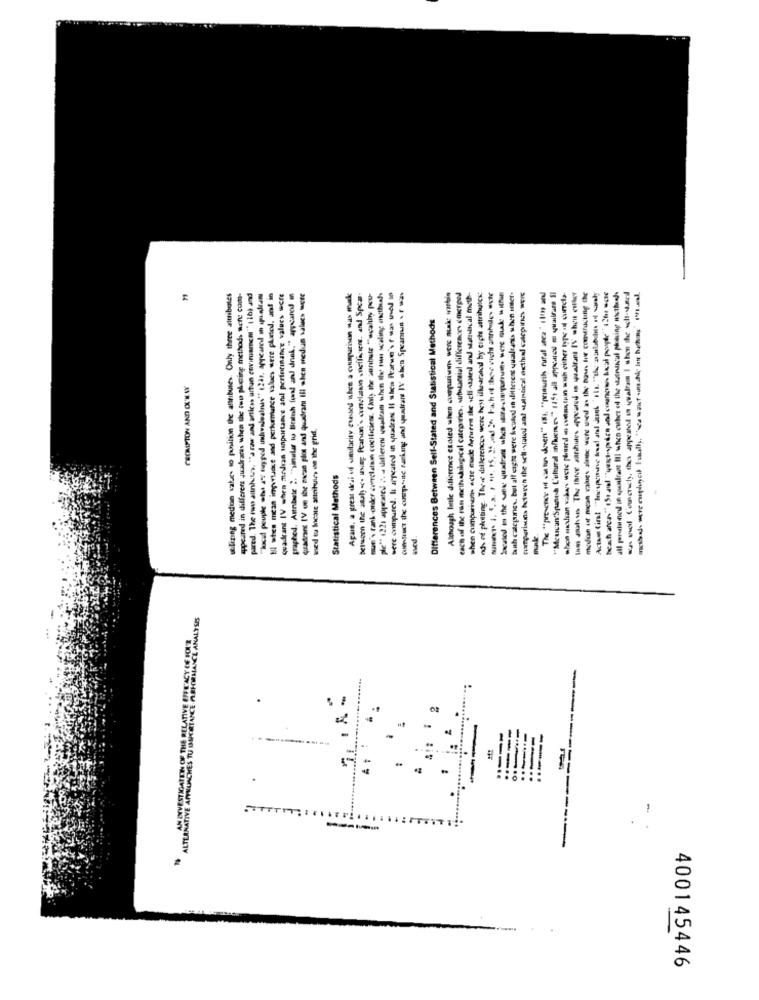
appeared in different juudranas when the mu pActing methods nete com-
pared. The im altnhus, "a raw and articss artun covirusmem""11b) and
between the stuh .c. usa; fanon's conelaun .nofficers. and Spear-
Although linie difference exoted when aquien were make workin
each of the ran methadologicel categories, substantial differences emerped
buth calcpines. bul alt cighe were located in dilteress qualrants when enter.
campariuna betwech the sell-viaud ant -lntical ecthul calepires were
all perutuned in spuistraat Ill when cubher ed the stutraktul phrasing nicthand.
-nul Concrely, the appeared in qualram I when the well-
utilizing medion sabes to position the attributes. Only three attributes
Il when mean inprusse and perkemarce values were plated. and in
quadrant IV when medran tinportance and performance values were
graphed. Attnbasle 2. "şinalas tu Brainh fond and dnek." appeared in
quadrars IV ue the mean plot and quadrant Ill when medun values wett
Again, a great deal vf umularity cussed ubes a comparison was made
man's tank-order avecdan cocificiens. (only the sanbule "scally peu-
ple" 1221 appeared 2. a dillereni wwalam when the tun scaling onthe ...
sere compurel. la appeared in quadrant Il shea Parun's was wel s
Comstruct the componente ranking and quadrare IV shes Spcanrun .. ..
when comparingns acte micke Arturo the vellatuted and stumascal moth-
ah of plating. These differences were helt illustrated by eight attributes
That thee right amphides exte
The "presence of canton dovent" ist. "prawnik cufal aca" 1 9
medden ut mean values alene were used as the Boss Hule constructing the
Differences Between Sell-Stated and Statistical Methods
CROMPTON AND OU WAY
med to beste stintules on the grid.
"Meucan'Spunch Cultural meme
Statistical Methods
make
ALTERNATIVE APTNUACHES TU BUTRTANCE FYRHOWMANCE ANALYSES
ELATIVE EFFE'ACY OF FOUR
7, . A .
.
2
THE
AN ENYVESTICATET
SITTTIT! !
400145446